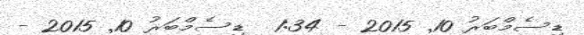
ޑިސެމްބަރު 10